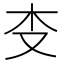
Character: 𰗒